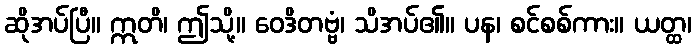
ဆိုအပ်ပြီ။ ဣတိ၊ ဤသို့။ ဝေဒိတဗ္ဗံ၊ သိအပ်၏။ ပန၊ စင်စစ်ကား။ ယတ္ထ၊